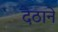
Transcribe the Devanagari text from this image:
देठाने